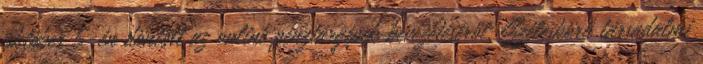
október 5-én döntött az online pénztárgépek bevezetéséről. Széleskörű társadalmi